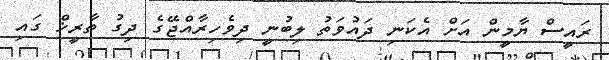
ރައީސް ޔާމީން އަށް އެކަނި ދައުވަތު ލިބުނީ ދިވެހިރާއްޖޭގެ ދިގު ތާރީޚް ގައި